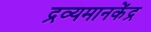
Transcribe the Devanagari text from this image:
द्रव्यमानकेंद्र